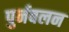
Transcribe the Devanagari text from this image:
पुर्नबलन